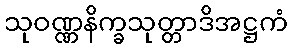
သုဝဏ္ဏနိက္ခသုတ္တာဒိအဋ္ဌကံ